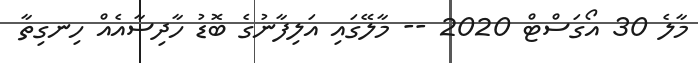
މާލެ 30 އޯގަސްޓް 2020 -- މާލޭގައި އަލިފާނުގެ ބޮޑު ހާދިސާއެއް ހިނގިތާ